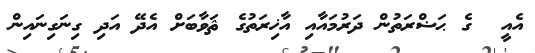
އެއީ  ގެ ޙަޟްރަތުން ދަރުމައާއި އާޚިރަތުގެ ޘަވާބަށް އެދޭ އަދި ގިނަގިނައިން